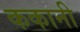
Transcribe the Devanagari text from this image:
ककानी